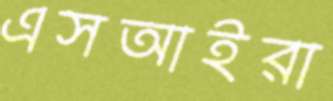
এসআইরা